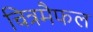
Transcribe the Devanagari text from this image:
चित्रमैफल